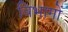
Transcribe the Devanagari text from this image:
विभागों